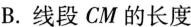
B.线段CM的长度